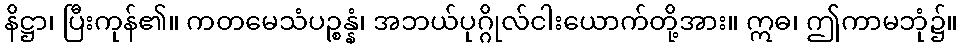
နိဋ္ဌာ၊ ပြီးကုန်၏။ ကတမေသံပဉ္စန္နံ၊ အဘယ်ပုဂ္ဂိုလ်ငါးယောက်တို့အား။ ဣဓ၊ ဤကာမဘုံ၌။